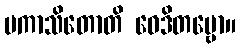
ပကာသိတောတိ ဝေဒိတဗ္ဗော။